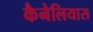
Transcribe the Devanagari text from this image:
कैनेलियास